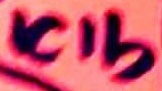
Text: ICIb